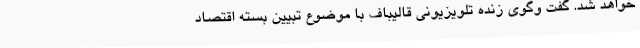
خواهد شد. گفت وگوی زنده تلویزیونی قالیباف با موضوع تبیین بسته اقتصاد